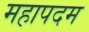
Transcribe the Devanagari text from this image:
महापदम